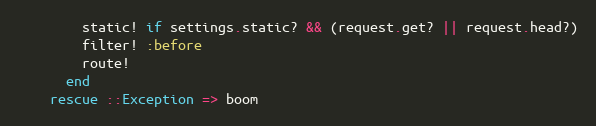
Language: Ruby
        static! if settings.static? && (request.get? || request.head?)
        filter! :before
        route!
      end
    rescue ::Exception => boom